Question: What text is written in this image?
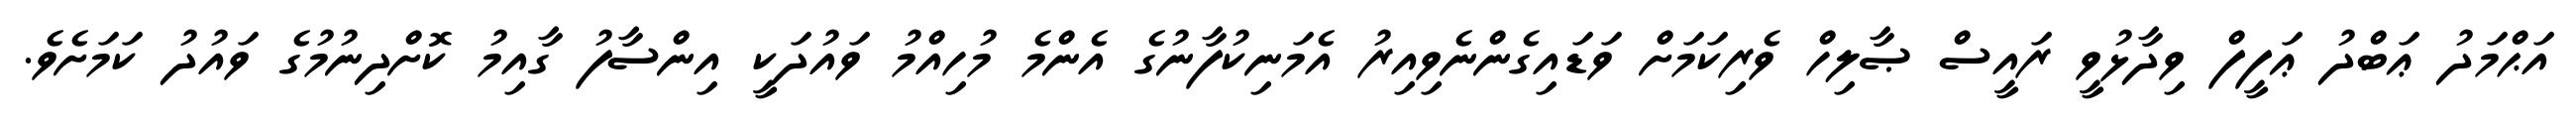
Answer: އަޙްމަދު ޢަބްދު ޢަފީފް ވިދާޅުވީ ރައީސް ޞާލިހް ވެރިކަމަށް ވަޑައިގެންނެވިއިރު އެމަނިކުފާނުގެ އެންމެ މުހިއްމު ވައުދަކީ އިންސާފު ގާއިމު ކޮށްދިނުމުގެ ވައުދު ކަމަށެވެ.